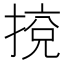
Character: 𢯻